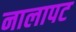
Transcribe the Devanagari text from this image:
नालापट